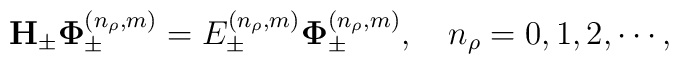
{\bf H}_{\pm}{\bf\Phi}^{(n_\rho,m)}_{\pm}=E^{(n_\rho,m)}_{\pm}{\bf\Phi}^{(n_\rho,m)}_{\pm}, \quad n_\rho=0,1,2, \cdots,